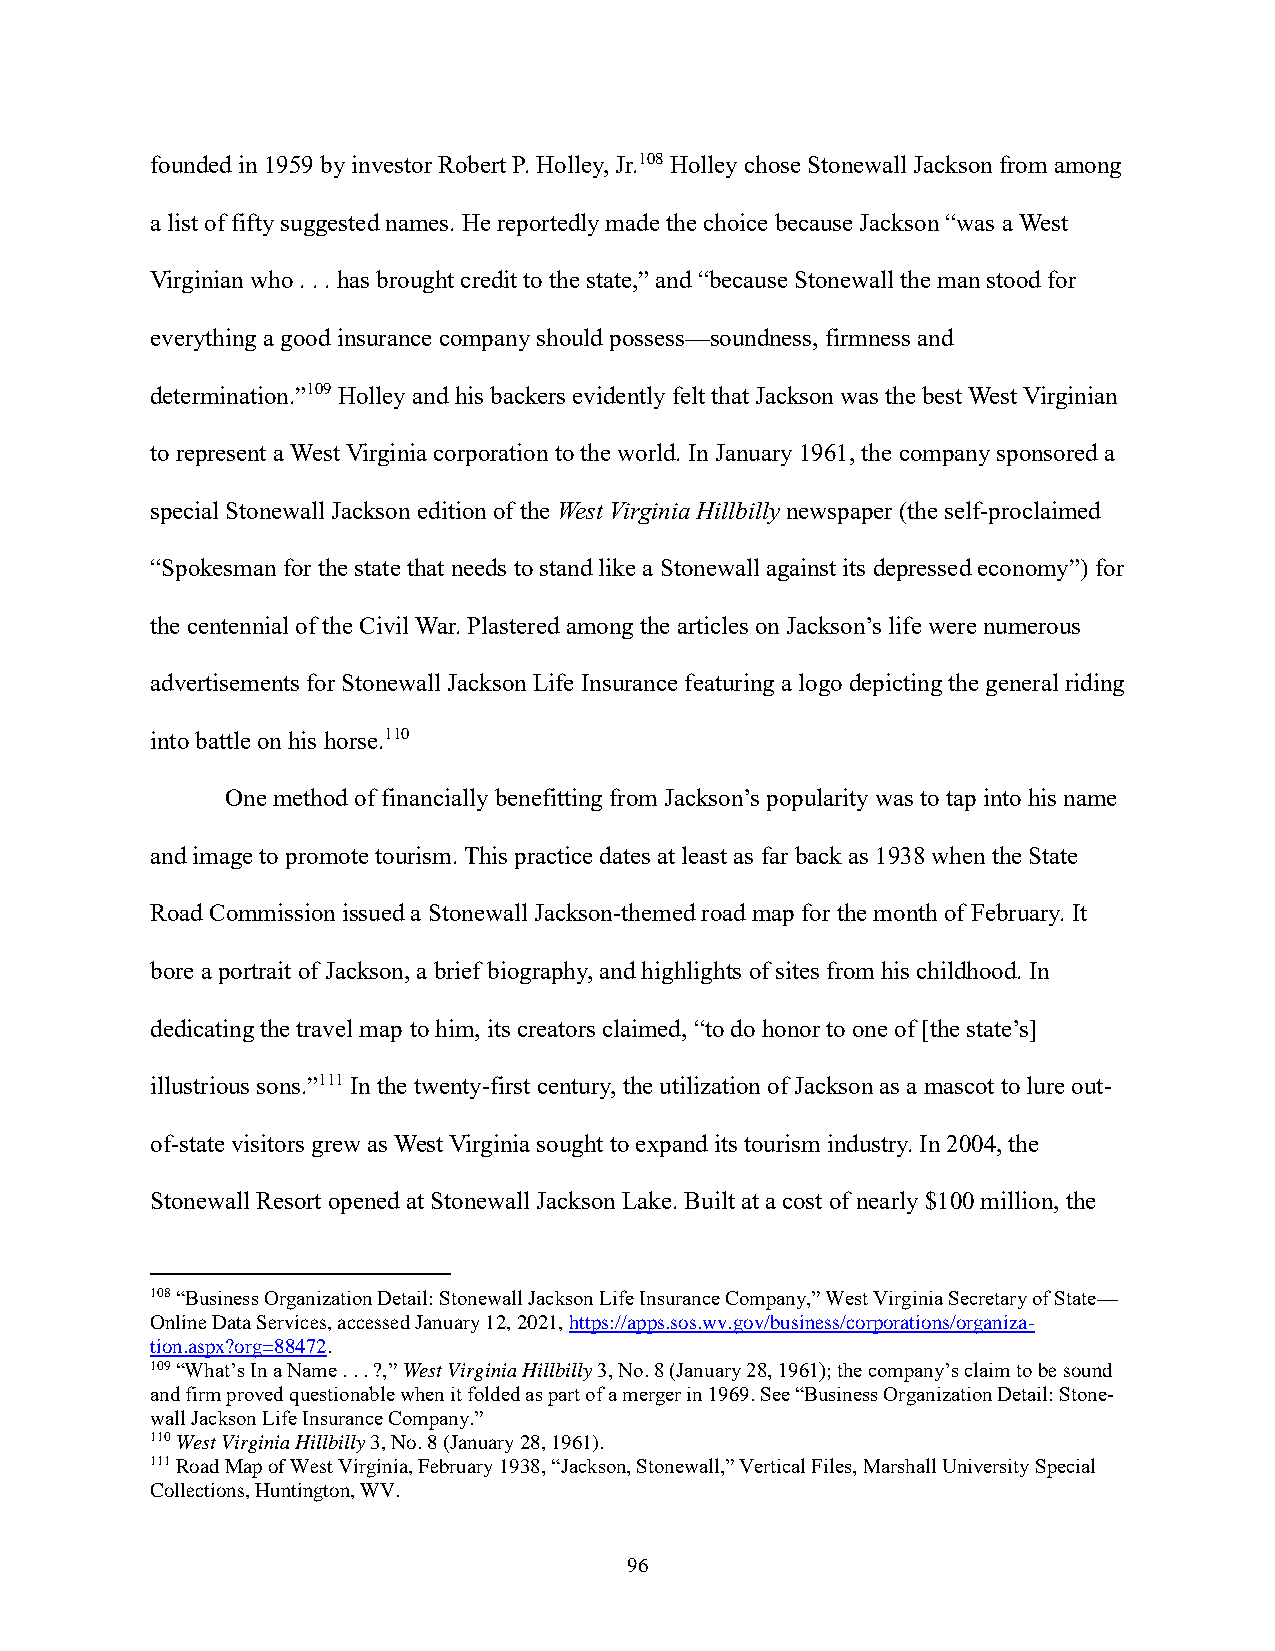
founded in 1959 by investor Robert P. Holley, Jr.108 Holley chose Stonewall Jackson from among
 a list of fifty suggested names. He reportedly made the choice because Jackson “was a West
 Virginian who . . . has brought credit to the state,” and “because Stonewall the man stood for
 everything a good insurance company should possess—soundness, firmness and
 determination.”109 Holley and his backers evidently felt that Jackson was the best West Virginian
 to represent a West Virginia corporation to the world. In January 1961, the company sponsored a
 special Stonewall Jackson edition of the West Virginia Hillbilly newspaper (the self-proclaimed
 “Spokesman for the state that needs to stand like a Stonewall against its depressed economy”) for
 the centennial of the Civil War. Plastered among the articles on Jackson’s life were numerous
 advertisements for Stonewall Jackson Life Insurance featuring a logo depicting the general riding
 into battle on his horse.110
 One method of financially benefitting from Jackson’s popularity was to tap into his name
 and image to promote tourism. This practice dates at least as far back as 1938 when the State
 Road Commission issued a Stonewall Jackson-themed road map for the month of February. It
 bore a portrait of Jackson, a brief biography, and highlights of sites from his childhood. In
 dedicating the travel map to him, its creators claimed, “to do honor to one of [the state’s]
 illustrious sons.”111 In the twenty-first century, the utilization of Jackson as a mascot to lure out-
 of-state visitors grew as West Virginia sought to expand its tourism industry. In 2004, the
 Stonewall Resort opened at Stonewall Jackson Lake. Built at a cost of nearly $100 million, the
 108 “Business Organization Detail: Stonewall Jackson Life Insurance Company,” West Virginia Secretary of State—
 Online Data Services, accessed January 12, 2021, https://apps.sos.wv.gov/business/corporations/organiza-
 tion.aspx?org=88472.
 109 “What’s In a Name . . . ?,” West Virginia Hillbilly 3, No. 8 (January 28, 1961); the company’s claim to be sound
 and firm proved questionable when it folded as part of a merger in 1969. See “Business Organization Detail: Stone-
 wall Jackson Life Insurance Company.”
 110 West Virginia Hillbilly 3, No. 8 (January 28, 1961).
 111 Road Map of West Virginia, February 1938, “Jackson, Stonewall,” Vertical Files, Marshall University Special
 Collections, Huntington, WV.
 96